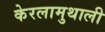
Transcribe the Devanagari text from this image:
केरलामुथाली